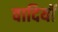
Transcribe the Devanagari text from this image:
वादियॉ